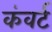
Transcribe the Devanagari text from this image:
कंवर्ट